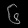
Digit: ၆